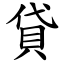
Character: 貸